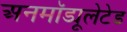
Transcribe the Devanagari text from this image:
अनमॉड्यूलेटेड